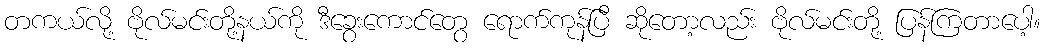
တကယ်လို့ ဗိုလ်မင်းတို့နယ်ကို ဒီခွေးကောင်တွေ ရောက်ကုန်ပြီ ဆိုတော့လည်း ဗိုလ်မင်းတို့ ပြန်ကြတာပေါ့။